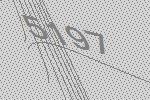
5197